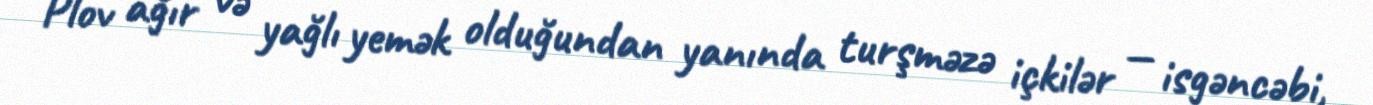
Plov ağır və yağlı yemək olduğundan yanında turşməzə içkilər — isgəncəbi,